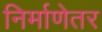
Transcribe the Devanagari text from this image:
निर्माणेतर